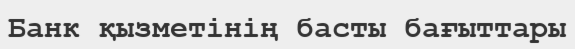
Банк қызметінің басты бағыттары